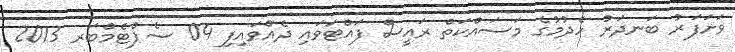
ވަށަފަރު ބަނދަރު ހެދުމުގެ މަސައްކަތް ރައީސް ފައްޓަވައި ދެއްވައިފި 04 ސެޕްޓެމްބަރ 2013